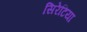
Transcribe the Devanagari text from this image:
सिरेटिया